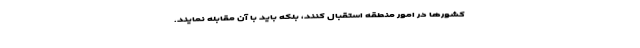
کشورها در امور منطقه استقبال کنند، بلکه باید با آن مقابله نمایند.